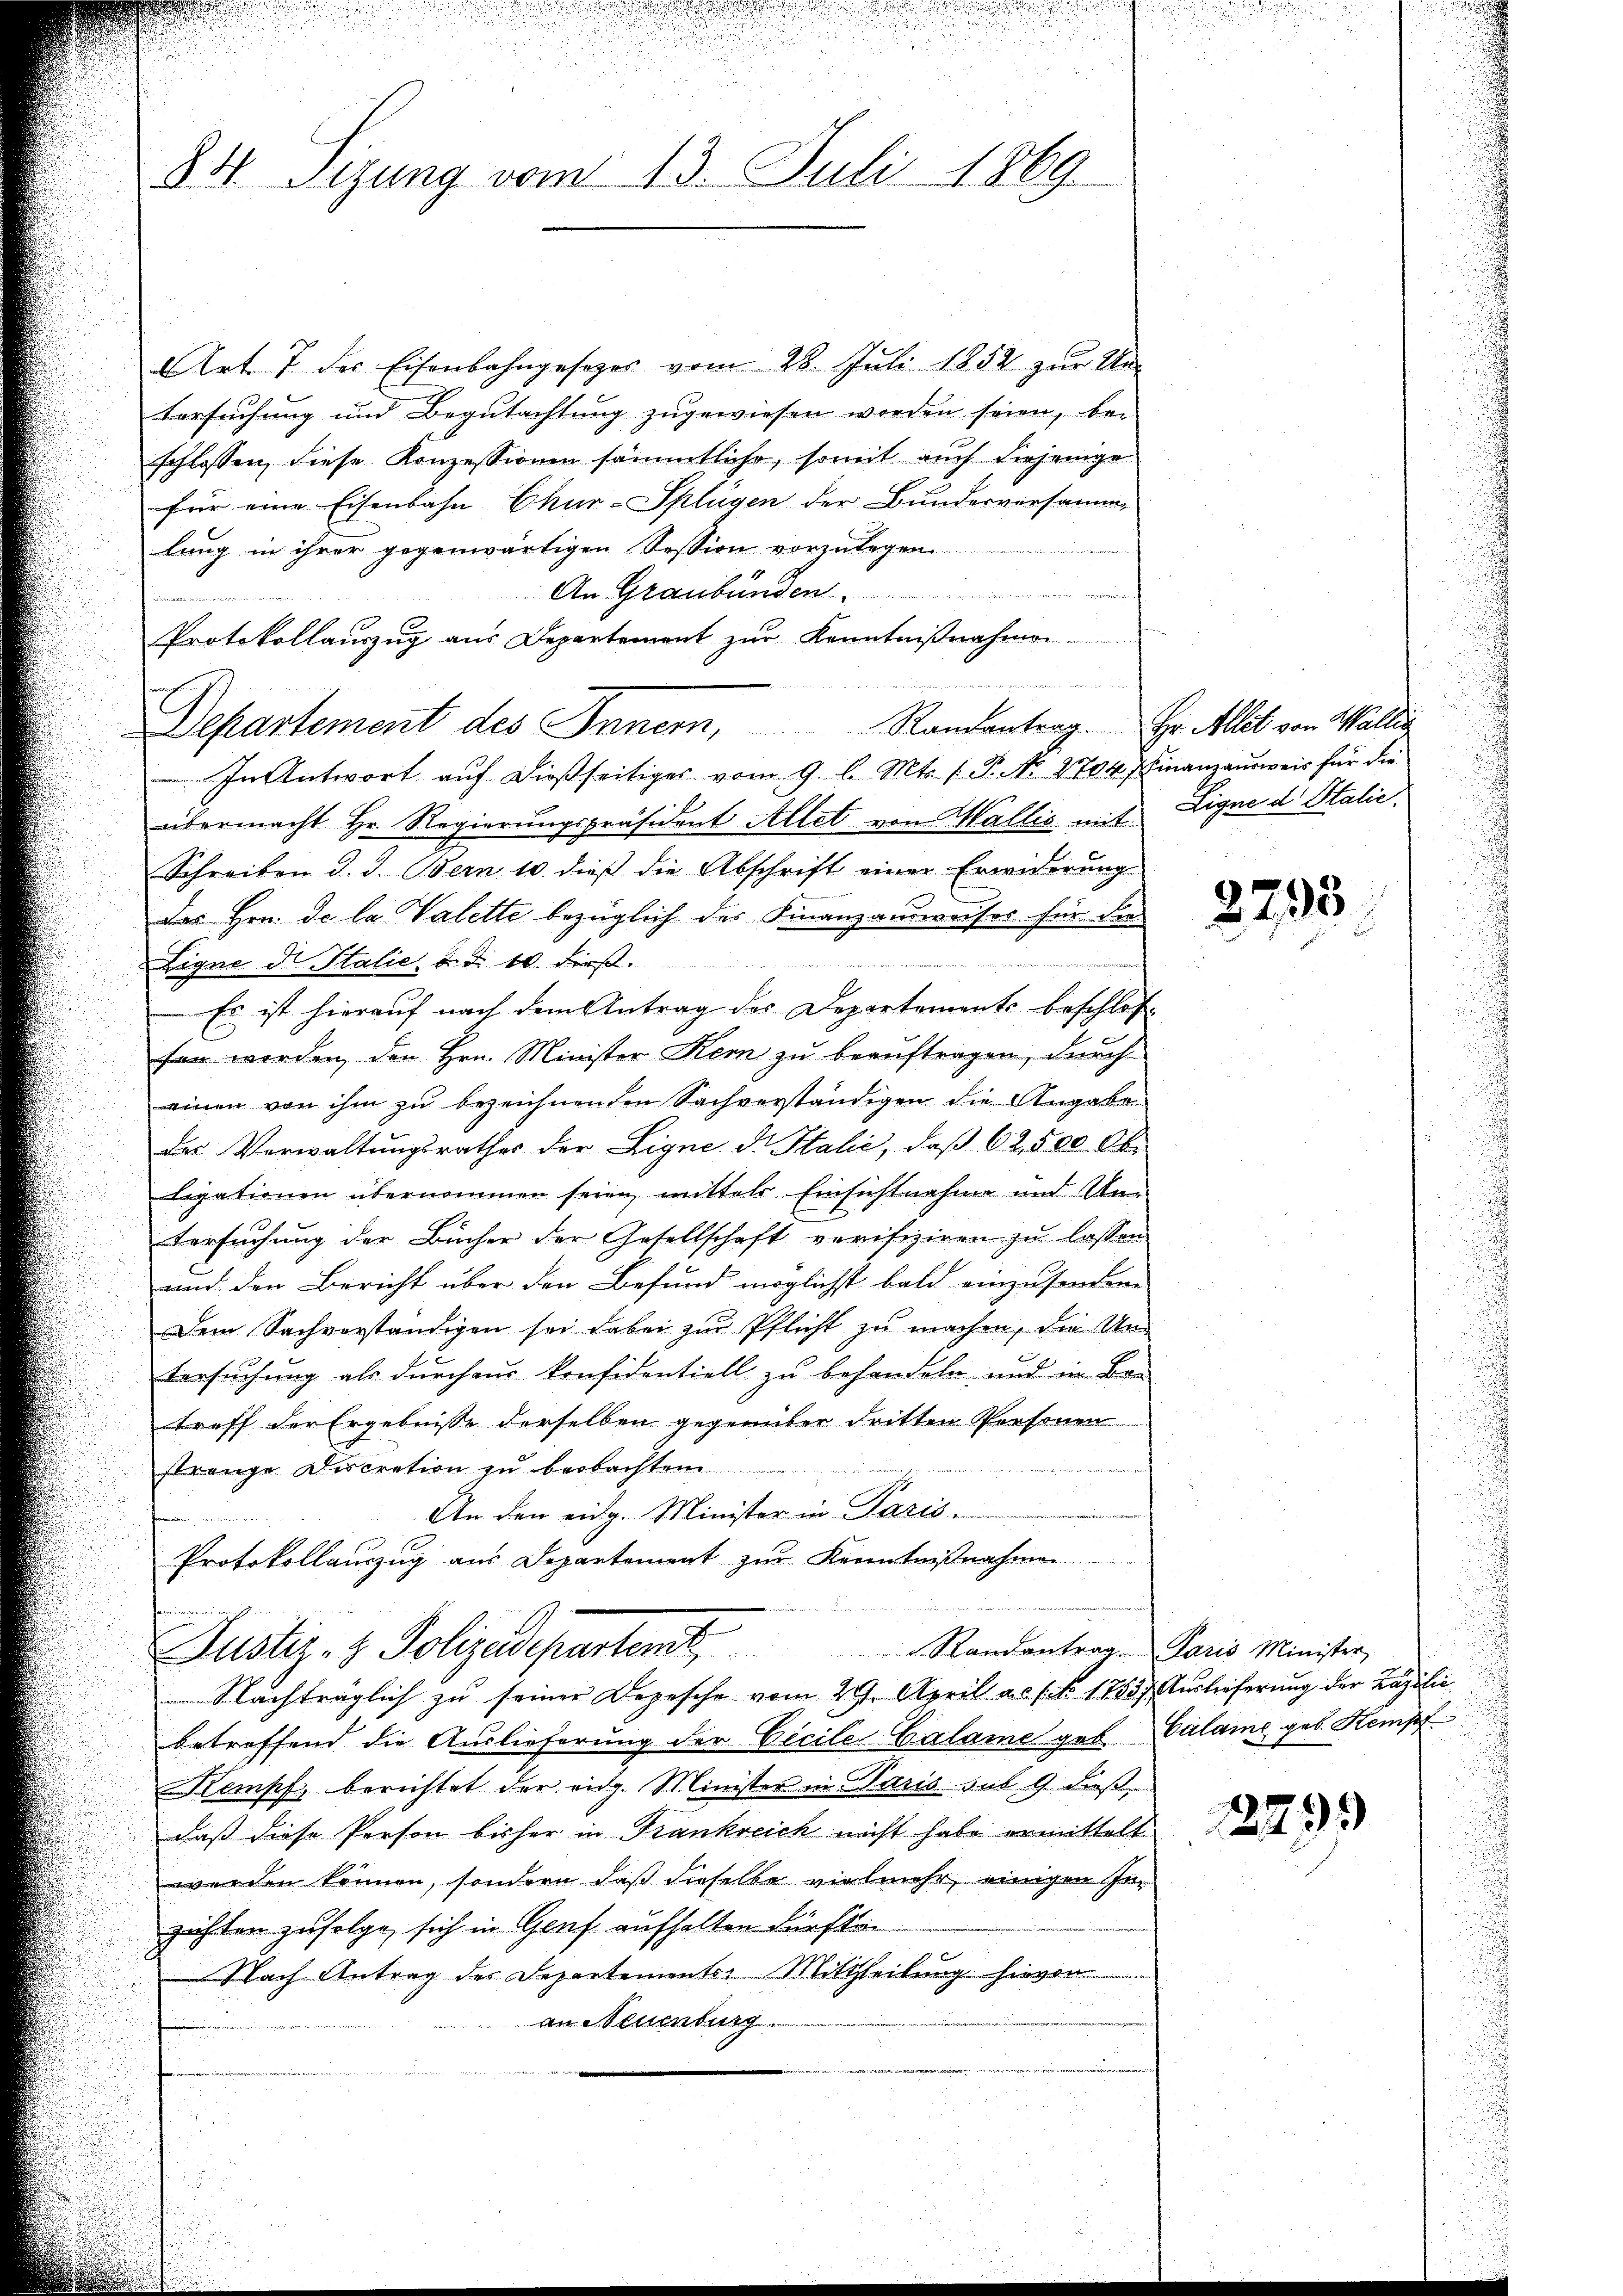
841. Sizung vom 13. Juli 1869

Art. 7 des Eisenbahngesezes vom 28. Juli 1852 zur Um-
Versuchung und Begutachtung zugewiesen worden seien, bei
schlossen, diese Konzessionen sämmtliche, somit auch diejenige
für eine Eisenbahn Chur-Splügen der Bunderversamme
lung in ihrer gegenwärtigen Session vorzulegen
An Graubünden
Protokollaŭszŭg aŭs Departement zŭr Kenntniβnahmen-
Departement des Innern,
In Antwort auf dießseitiges vom 9. l. Mts. (T. No. 1704 7 Finanzausweis für die
übermacht Hr. Regierungspräsident Allet von Wallis mit Ligne d. Stalić,
Schreiben d. d. Bern 10. dieß die Abschrift einer Erwiderung
des Hrn. De la Valette bezüglich des Finanzausweises für dies
g
e
Eigne di Stalie, d. d. 10. dieß.
Es ist hierauf nach dem Antrag des Departements beschlos
fen werden, den Hrn. Minister Kern zu beauftragen, durch
einen von ihm zu bezeichnenden Sachverständigen die Angabe
des Verwaltŭngsrathes der Ligne d. Stalić, daβ 62,500 Obr
ligationen übernommen seien mitter Einsichtnahme und Un
Versuchung der Bücher der Gesellschaft verifiziren zu lassen
und den Bericht über den Befund möglichst bald einzusendern
Dem Sachverständigen sei dabei zur Pflicht zu machen, die Un¬
Versuchung als durchaus konfidentiell zu behandeln und in Ber
treff der Ergebnisse derselben gegenüber dritten Personen
strange Discration zu beobachten
An den eidg. Minister in Paris.
Protokollauszug aus Departement zur Kenntnißnahmen
Justiz- & Polizadepartem Randantrag. Paris Minister,
Nachträglich zu seiner Depesche vom 29. April a. f. No. 1783. Auslieferung der Lazilie
betreffend die Auslieferung der Cicile Calame geb. Calame geb. Stempf
Kampf berichtet der eidg. Minister in Paris sub. 9. dieß,
daß diese Person bisher in Frankreich nicht habe ermittelt
werden können, sondern daß dieselbe vielmehr, einigen er
zichten zufolge sich in Genf aufhalten dürfte.
Nach Antrag des Departements Mittheilung hievon
an Neuenburg

Randantrag. Hr. Allet von Wallis

2793

2799